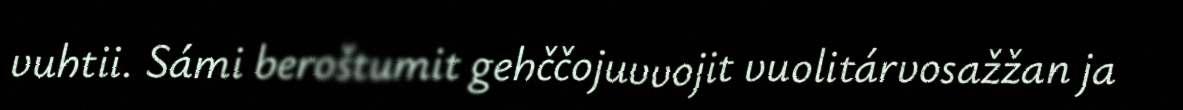
vuhtii. Sámi beroštumit gehččojuvvojit vuolitárvosažžan ja